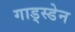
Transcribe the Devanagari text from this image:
गाड्स्डेन